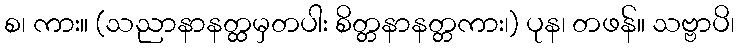
စ၊ ကား။ (သညာနာနတ္ထမှတပါး စိတ္တနာနတ္တကား၊) ပုန၊ တဖန်။ သဗ္ဗာပိ၊